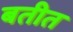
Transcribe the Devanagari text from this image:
बतीत